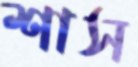
শাস